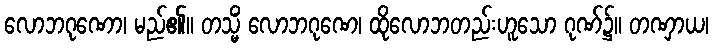
လောဘဂုဏော၊ မည်၏။ တသ္မိံ လောဘဂုဏေ၊ ထိုလောဘတည်းဟူသော ဂုဏ်၌။ တဏှာယ၊